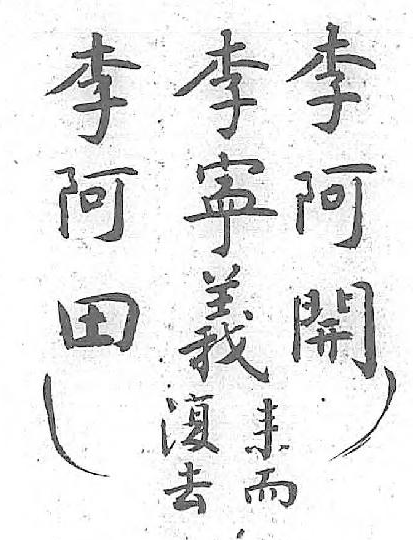
李李李復来阿寕阿去而開義田